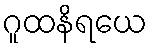
ဂူထနိရယေ